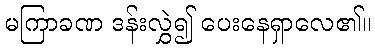
မကြာခဏ ဒန်းလွှဲ၍ ပေးနေရှာလေ၏။